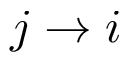
j \to i